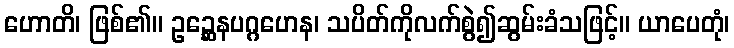
ဟောတိ၊ ဖြစ်၏။ ဥဉ္ဆေနပဂ္ဂဟေန၊ သပိတ်ကိုလက်စွဲ၍ဆွမ်းခံသဖြင့်။ ယာပေတုံ၊